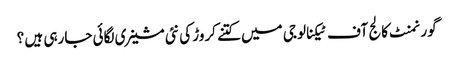
گورنمنٹ کالج آف ٹیکنالوجی میں کتنے کروڑ کی نئی مشینری لگائی جارہی ہیں ؟